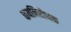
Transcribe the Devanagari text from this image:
क्षयनिरोधक